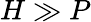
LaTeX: H\gg P